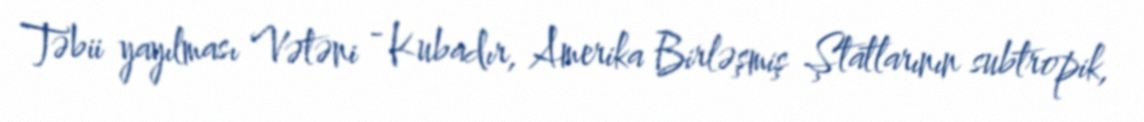
Təbii yayılması Vətəni - Kubadır, Amerika Birləşmiş Ştatlarının subtropik,